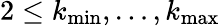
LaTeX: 2\leq k_{\operatorname*{min}},\ldots,k_{\operatorname*{max}}